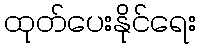
ထုတ်ပေးနိုင်ရေး